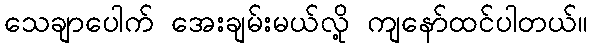
သေချာပေါက် အေးချမ်းမယ်လို့ ကျနော်ထင်ပါတယ်။